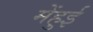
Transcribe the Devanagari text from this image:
मेंहुई